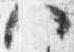
八